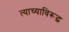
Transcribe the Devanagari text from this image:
त्याच्याविरूद्ध